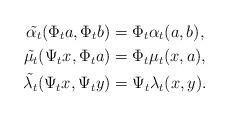
LaTeX: \begin{align*}\tilde{\alpha_t}(\Phi_ta,\Phi_tb)&=\Phi_t\alpha_t(a,b), \\\tilde{\mu_t}(\Psi_tx,\Phi_ta)&=\Phi_t\mu_t(x,a),\\\tilde{\lambda_t}(\Psi_tx,\Psi_ty)&=\Psi_t\lambda_t(x,y) .\end{align*}